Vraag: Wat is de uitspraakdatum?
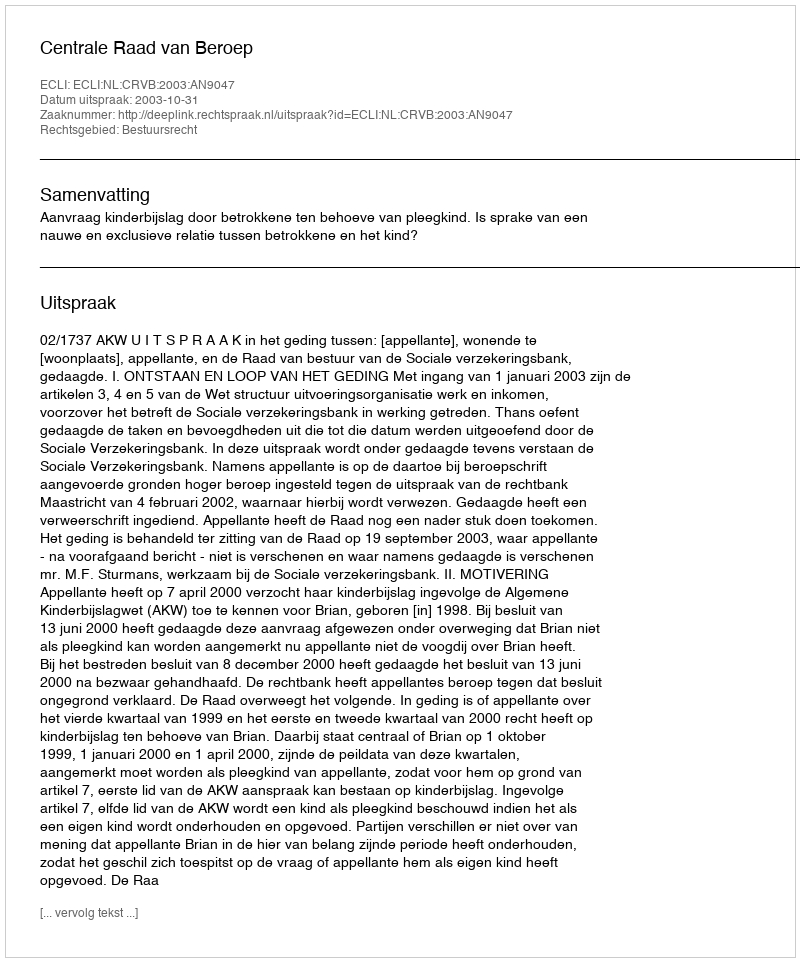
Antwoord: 2003-10-31